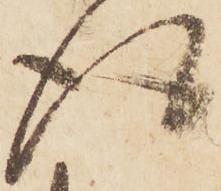
得